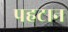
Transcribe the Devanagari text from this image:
पहटान